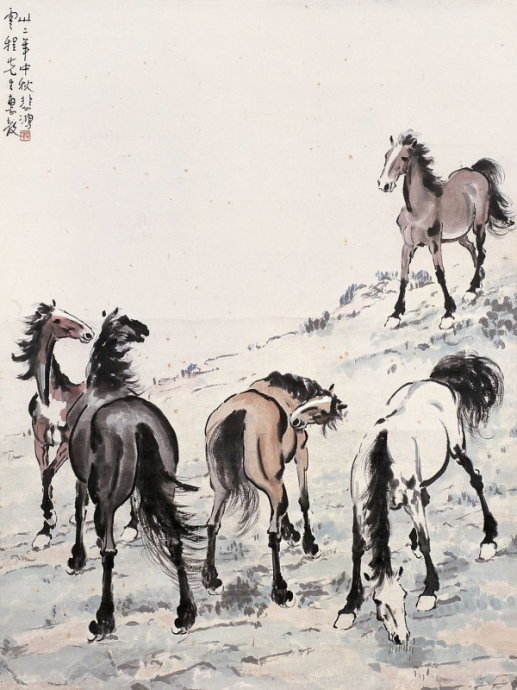
竹马踉蹡冲淖去，纸鸢跋扈挟风鸣。